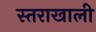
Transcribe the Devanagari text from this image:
स्तराखाली